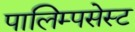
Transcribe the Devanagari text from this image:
पालिम्पसेस्ट